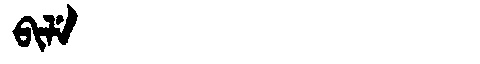
Manchu: ᠪᡳᠯᡝ
Romanization: BILE